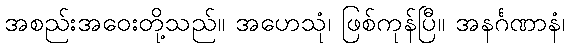
အစည်းအဝေးတို့သည်။ အဟေသုံ၊ ဖြစ်ကုန်ပြီ။ အနင်္ဂဏာနံ၊